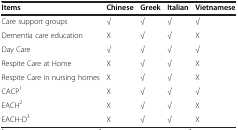
<table><thead><tr><td><b>Items</b></td><td><b>Chinese</b></td><td><b>Greek</b></td><td><b>Italian</b></td><td><b>Vietnamese</b></td></tr></thead><tbody><tr><td>Care support groups</td><td>√</td><td>√</td><td>√</td><td>√</td></tr><tr><td>Dementia care education</td><td>X</td><td>√</td><td>√</td><td>X</td></tr><tr><td>Day Care</td><td>√</td><td>√</td><td>√</td><td>√</td></tr><tr><td>Respite Care at Home</td><td>X</td><td>√</td><td>√</td><td>X</td></tr><tr><td>Respite Care in nursing homes</td><td>X</td><td>√</td><td>√</td><td>X</td></tr><tr><td>CACP<sup>1</sup></td><td>X</td><td>√</td><td>√</td><td>√</td></tr><tr><td>EACH<sup>2</sup></td><td>X</td><td>√</td><td>√</td><td>X</td></tr><tr><td>EACH-D<sup>3</sup></td><td>X</td><td>√</td><td>√</td><td>X</td></tr></tbody></table>